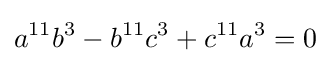
a^{11}b^{3}-b^{11}c^{3}+c^{11}a^{3}=0